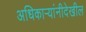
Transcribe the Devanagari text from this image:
अधिकाऱ्यांनीदेखील